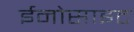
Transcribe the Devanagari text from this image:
ईनोसाइट